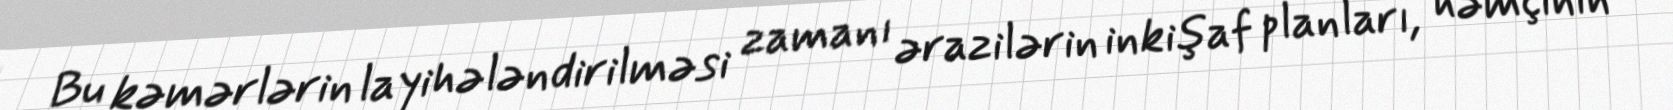
Bu kəmərlərin layihələndirilməsi zamanı ərazilərin inkişaf planları, həmçinin